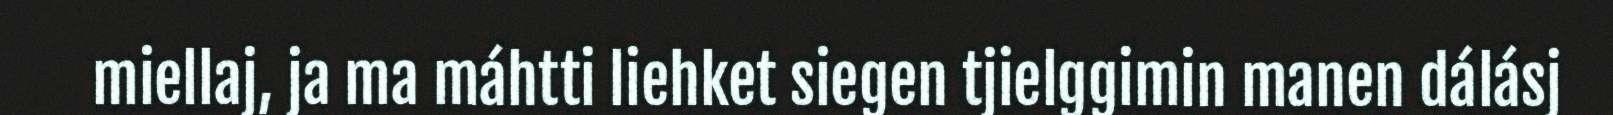
miellaj, ja ma máhtti liehket siegen tjielggimin manen dálásj